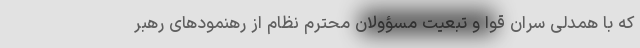
که با همدلی سران قوا و تبعیت مسؤولان محترم نظام از رهنمودهای رهبر